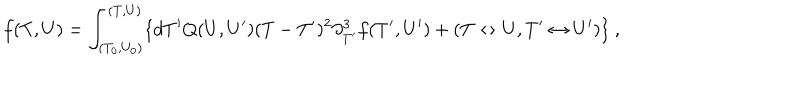
f ( T , U ) = \int _ { ( T _ { 0 } , U _ { 0 } ) } ^ { ( T , U ) } \{ d T ^ { \prime } Q ( U , U ^ { \prime } ) ( T - T ^ { \prime } ) ^ { 2 } \partial _ { T ^ { \prime } } ^ { 3 } f ( T ^ { \prime } , U ^ { \prime } ) + ( T \leftrightarrow U , T ^ { \prime } \leftrightarrow U ^ { \prime } ) \} \ ,